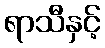
ရာသီနှင့်